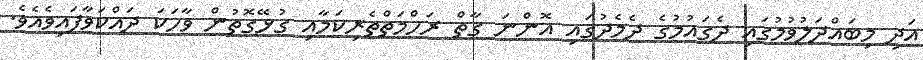
އަދި މިބައްދަލުވުމުގައި ދެގައުމުގެ ދެމެދުގައި އޮންނަ ގާތް ރަހްމަތްތެރިކަމާއި ގުޅޭގޮތުން ވާހަކަ ދައްކަވާފައިވެއެވެ.